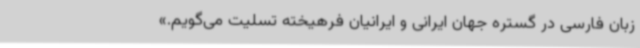
زبان فارسی در گستره جهان ایرانی و ایرانیان فرهیخته تسلیت می‌گویم.»